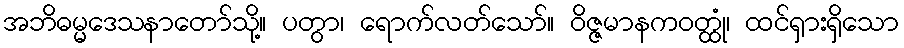
အဘိဓမ္မဒေသနာတော်သို့။ ပတွာ၊ ရောက်လတ်သော်။ ဝိဇ္ဇမာနကဝတ္ထုံ၊ ထင်ရှားရှိသော